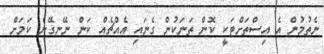
ނެތުމުން އެ އިސްތަށްޓަކީ ކޮން ތަނަކުން ގެނައި އެއްޗެއް ކަން ނޭނގޭނެ ކަމަށް